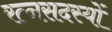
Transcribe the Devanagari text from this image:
रत्नसदस्यों